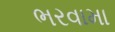
ભરવામા